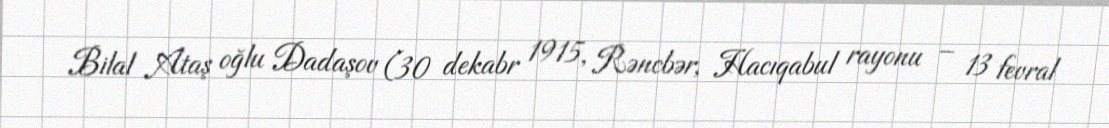
Bilal Ataş oğlu Dadaşov (30 dekabr 1915, Rəncbər, Hacıqabul rayonu – 13 fevral